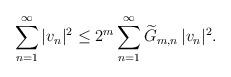
LaTeX: \begin{align*} \sum_{n=1}^\infty |v_n|^2 \le 2^m \sum_{n=1}^\infty \widetilde{G}_{m,n} \, |v_n|^2. \end{align*}